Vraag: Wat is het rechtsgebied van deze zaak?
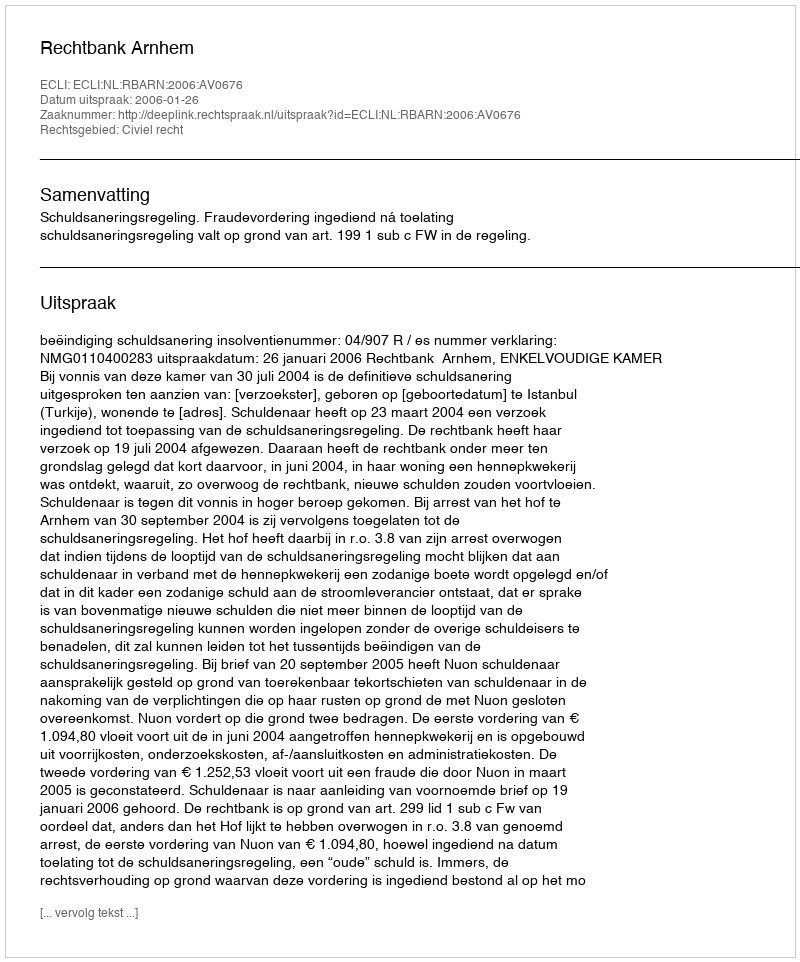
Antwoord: Civiel recht